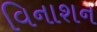
વિનાશન